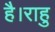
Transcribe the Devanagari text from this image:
है।राहु